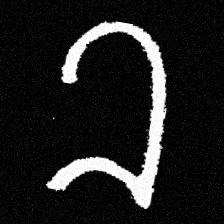
Pyu character \u2014 Myanmar letter: ခ (romanized: kha)